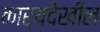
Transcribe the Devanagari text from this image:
कार्यदेखील